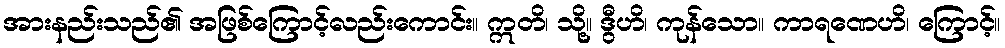
အားနည်းသည်၏ အဖြစ်ကြောင့်လည်းကောင်း။ ဣတိ၊ သို့။ ဒွီဟိ၊ ကုန်သော။ ကာရဏေဟိ၊ ကြောင့်။